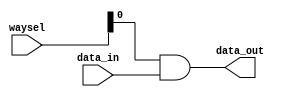
module m14k_cache_mux(
	data_in,
	waysel,
	data_out);


	/* parameters */

	// synopsys template
	parameter		WIDTH=1;		// WIDTH of Data per Way
	parameter		ASSOC=1;		// Cache Associativity


	/* Inputs */
	input [ASSOC*WIDTH-1:0]	data_in;		// Output from cache data ram
	input [3:0]		waysel;		// Comparison flags coming out of cache_cmp

	/* Outputs */
	output [WIDTH-1:0]	data_out;	// Selected Data

// BEGIN Wire declarations made by MVP
wire [WIDTH-1:0] /*[0:0]*/ data_out;
wire [ASSOC*WIDTH-1:0] /*[0:0]*/ wide_data_out;
// END Wire declarations made by MVP


	/* End of I/O */

	assign wide_data_out [ASSOC*WIDTH-1:0] = 	{ WIDTH {waysel[0]}} & data_in | 
		  	 	{ WIDTH {waysel[1]}} & (data_in >> WIDTH) | 
		  		{ WIDTH {waysel[2]}} & (data_in >> (WIDTH * 2)) | 
		              	{ WIDTH {waysel[3]}} & (data_in >> (WIDTH * 3));

	assign data_out [WIDTH-1:0] = wide_data_out[WIDTH-1:0];
	

endmodule